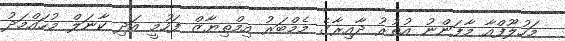
މަހުލޫފްއާ މާފަންނު އުތުރު ދާއިރާގެ މެމްބަރު އިމްތިޔާޒް ފަހުމީ އަދި ކާނަލް މުހައްމަދު